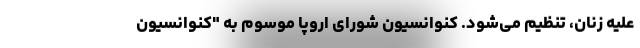
علیه زنان، تنظیم می‌شود. کنوانسیون شورای اروپا موسوم به "کنوانسیون